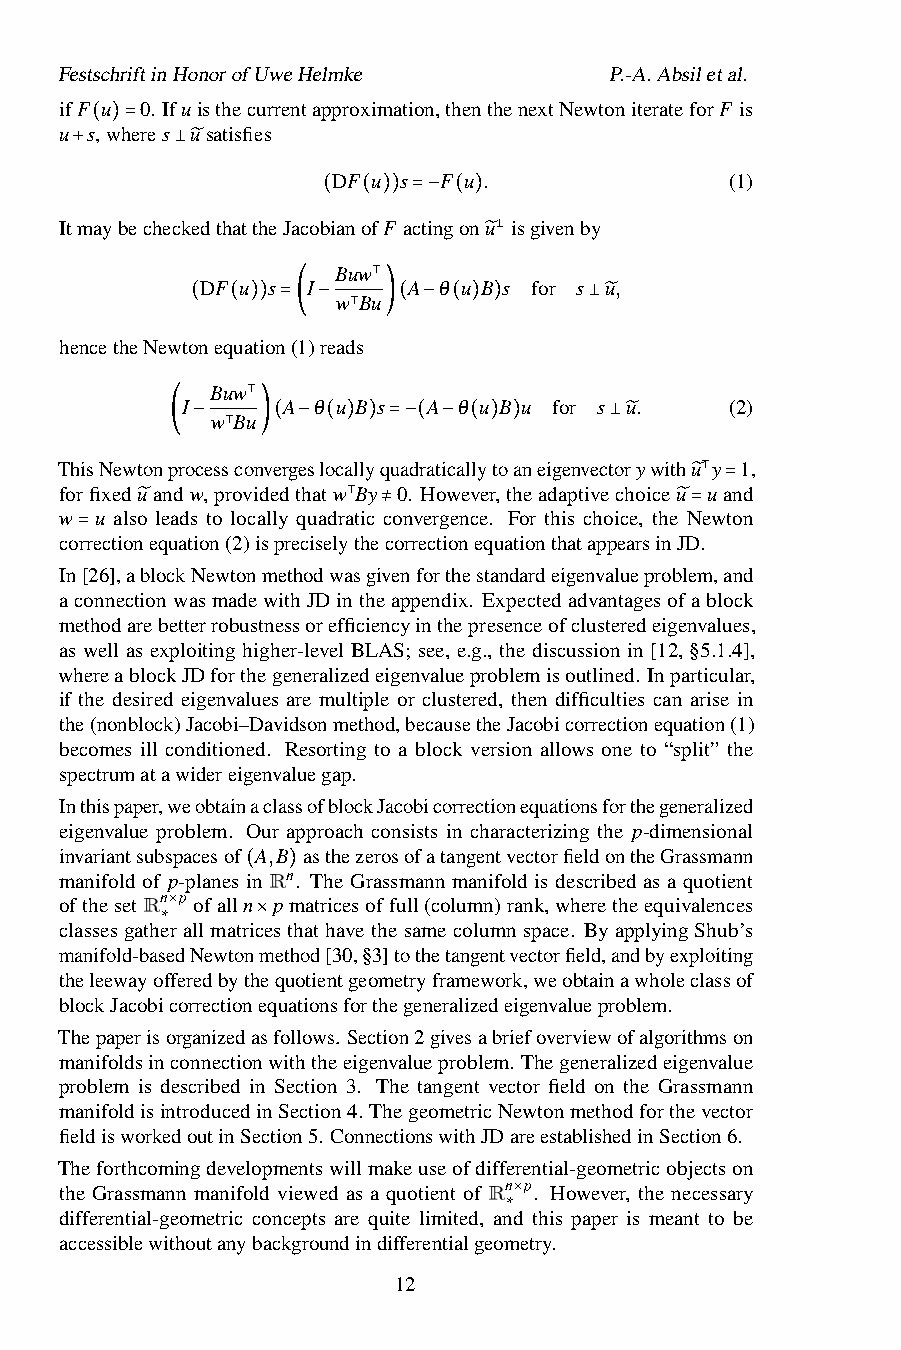
FestschriftinHonorofUweHelmke       P.-A.Absiletal.
 ifF u 0. Ifuisthecurrentapproximation,thenthenextNewtoniterateforF is
 u s,wheres usatisfies
 ( )=
 +     ⊥̃         DF u s F u .              (1)
 ItmaybecheckedthattheJacob(iano(f)F)ac=ti−ng(on)u isgivenby
 ⊥
 Buw       ̃
 DF u s I      A θ u B s for s u,
 w Bu⊺
 ( ( )) =( − ⊺ )( − ( ) )  ⊥̃
 hencetheNewtonequation(1)reads
 Buw
 I      A θ u B s A θ u B u for s u. (2)
 w Bu⊺
 ( − ⊺ )( − ( ) ) =−( − ( ) ) ⊥̃
 ThisNewtonprocessconvergeslocallyquadraticallytoaneigenvectorywithu y 1,
 forfixeduandw,providedthatw By 0. However,theadaptivechoiceu ⊺uand
 w u also leads to locally quadra⊺tic convergence. For this choice, the Ñew=ton
 correctioñequation(2)ispreciselythe≠correctionequationthatappearsiñJD=.
 =
 In[26],ablockNewtonmethodwasgivenforthestandardeigenvalueproblem,and
 aconnectionwasmadewithJDintheappendix. Expectedadvantagesofablock
 methodarebetterrobustnessorefficiencyinthepresenceofclusteredeigenvalues,
 as well as exploiting higher-level BLAS; see, e.g., the discussion in [12, §5.1.4],
 whereablockJDforthegeneralizedeigenvalueproblemisoutlined. Inparticular,
 if the desired eigenvalues are multiple or clustered, then difficulties can arise in
 the(nonblock)Jacobi–Davidsonmethod,becausetheJacobicorrectionequation(1)
 becomes ill conditioned. Resorting to a block version allows one to “split” the
 spectrumatawidereigenvaluegap.
 Inthispaper,weobtainaclassofblockJacobicorrectionequationsforthegeneralized
 eigenvalue problem. Our approach consists in characterizing the p-dimensional
 invariantsubspacesof A,B asthezerosofatangentvectorfieldontheGrassmann
 manifold of p-planes in Rn. The Grassmann manifold is described as a quotient
 ofthesetRn p ofalln( p)matricesoffull(column)rank,wheretheequivalences
 classesgathe×rallmatricesthathavethesamecolumnspace. ByapplyingShub’s
 manifold-bas∗ edNewton×method[30,§3]tothetangentvectorfield,andbyexploiting
 theleewayofferedbythequotientgeometryframework,weobtainawholeclassof
 blockJacobicorrectionequationsforthegeneralizedeigenvalueproblem.
 Thepaperisorganizedasfollows. Section2givesabriefoverviewofalgorithmson
 manifoldsinconnectionwiththeeigenvalueproblem. Thegeneralizedeigenvalue
 problem is described in Section 3. The tangent vector field on the Grassmann
 manifoldisintroducedinSection4. ThegeometricNewtonmethodforthevector
 fieldisworkedoutinSection5. ConnectionswithJDareestablishedinSection6.
 Theforthcomingdevelopmentswillmakeuseofdifferential-geometricobjectson
 the Grassmann manifold viewed as a quotient of
 Rn p
 . However, the necessary
 differential-geometric concepts are quite limited, an×d this paper is meant to be
 ∗
 accessiblewithoutanybackgroundindifferentialgeometry.
 12